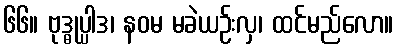
၆၆။ ဗုဒ္ဓုပ္ပါဒ၊ နဝမ မခဲယဉ်းလှ၊ ထင်မည်လော။